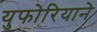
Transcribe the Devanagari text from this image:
युफोरियाने